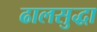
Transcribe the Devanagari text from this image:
ढालसुद्धा